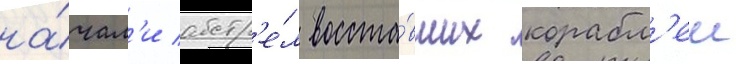
на́чал'и обстр'е́л восста́вших корабл'еи